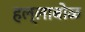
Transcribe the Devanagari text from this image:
हल्लाबोळ